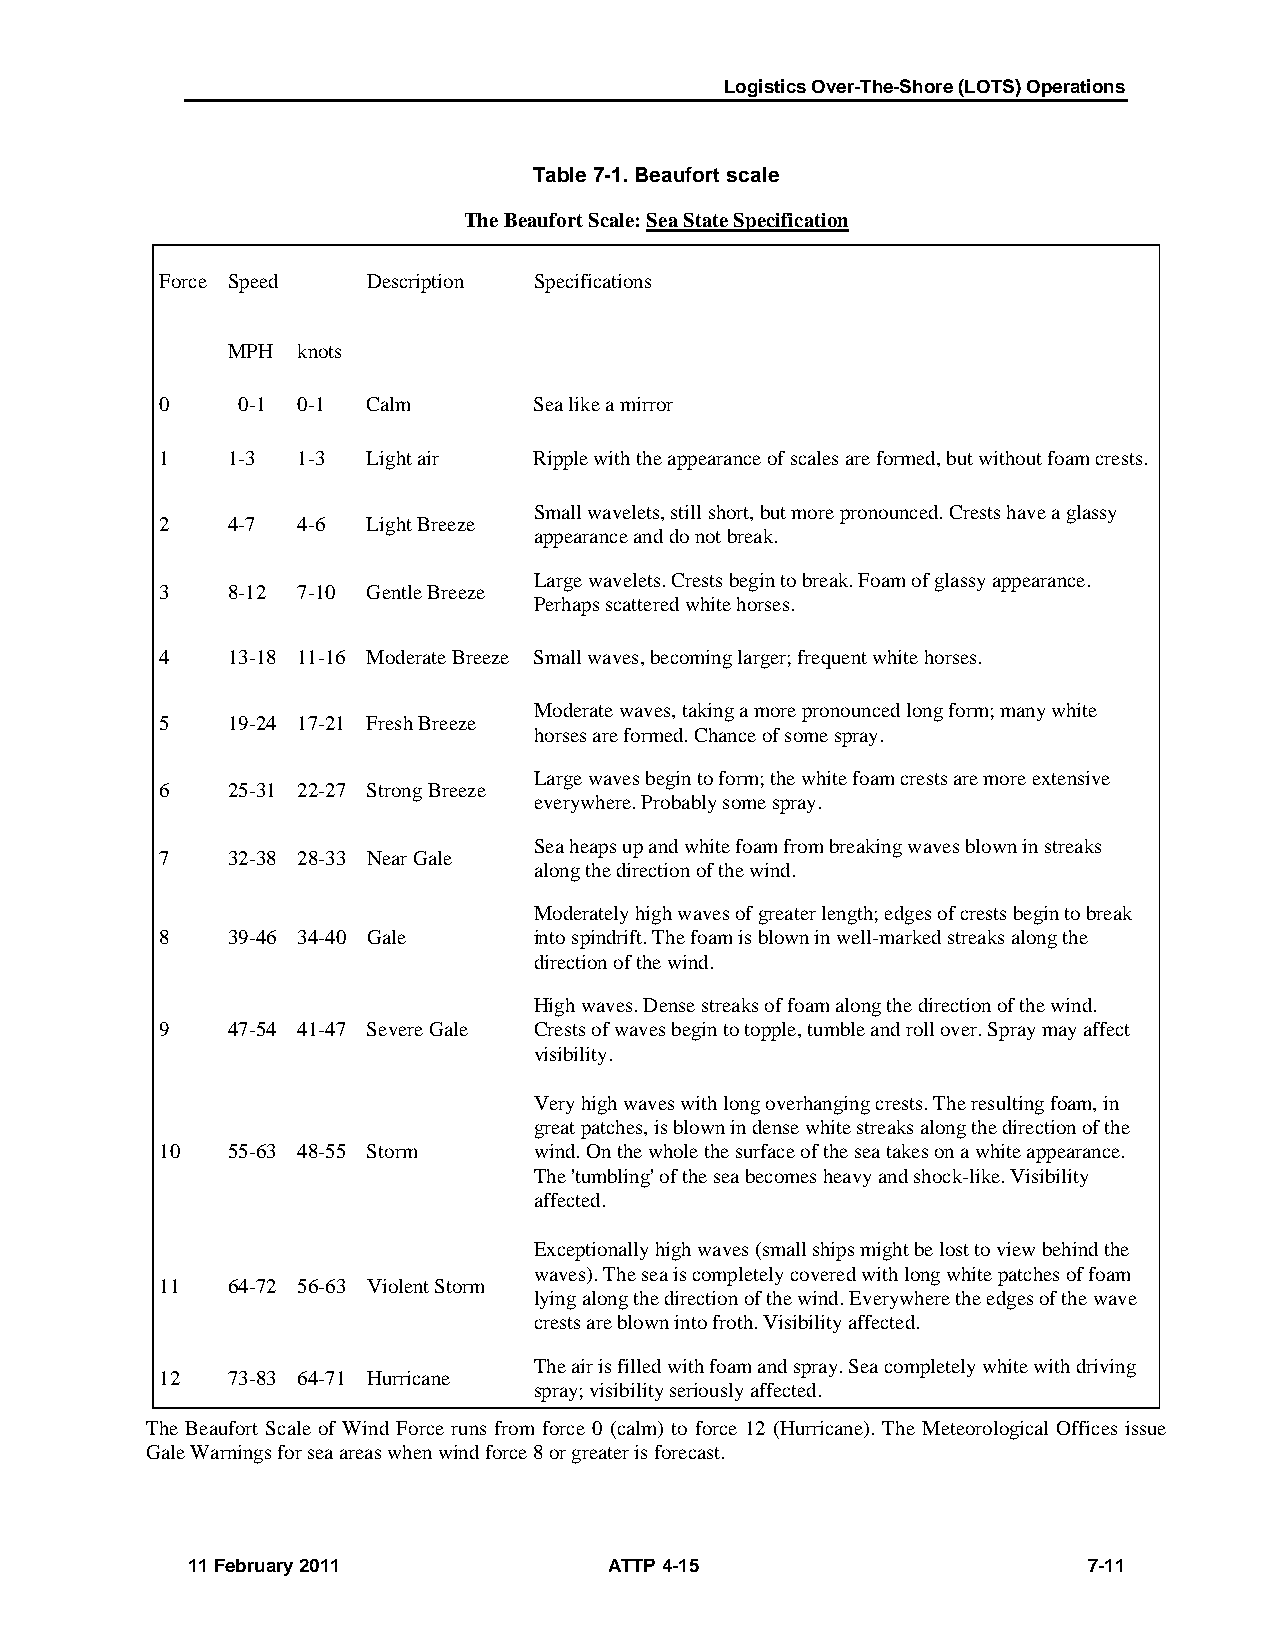
Logistics Over-The-Shore (LOTS) Operations
 Table 7-1. Beaufort scale
 The Beaufort Scale: Sea State Specification
 Force Speed  Description Specifications
 MPH  knots
 0    0-1 0-1 Calm       Sea like a mirror
 1   1-3  1-3 Light air  Ripple with the appearance of scales are formed, but without foam crests.
 Small wavelets, still short, but more pronounced. Crests have a glassy
 2   4-7  4-6 Light Breeze
 appearance and do not break.
 Large wavelets. Crests begin to break. Foam of glassy appearance.
 3   8-12 7-10 Gentle Breeze
 Perhaps scattered white horses.
 4   13-18 11-16 Moderate Breeze Small waves, becoming larger; frequent white horses.
 Moderate waves, taking a more pronounced long form; many white
 5   19-24 17-21 Fresh Breeze
 horses are formed. Chance of some spray.
 Large waves begin to form; the white foam crests are more extensive
 6   25-31 22-27 Strong Breeze
 everywhere. Probably some spray.
 Sea heaps up and white foam from breaking waves blown in streaks
 7   32-38 28-33 Near Gale
 along the direction of the wind.
 Moderately high waves of greater length; edges of crests begin to break
 8   39-46 34-40 Gale    into spindrift. The foam is blown in well-marked streaks along the
 direction of the wind.
 High waves. Dense streaks of foam along the direction of the wind.
 9   47-54 41-47 Severe Gale Crests of waves begin to topple, tumble and roll over. Spray may affect
 visibility.
 Very high waves with long overhanging crests. The resulting foam, in
 great patches, is blown in dense white streaks along the direction of the
 10  55-63 48-55 Storm   wind. On the whole the surface of the sea takes on a white appearance.
 The 'tumbling' of the sea becomes heavy and shock-like. Visibility
 affected.
 Exceptionally high waves (small ships might be lost to view behind the
 waves). The sea is completely covered with long white patches of foam
 11  64-72 56-63 Violent Storm
 lying along the direction of the wind. Everywhere the edges of the wave
 crests are blown into froth. Visibility affected.
 The air is filled with foam and spray. Sea completely white with driving
 12  73-83 64-71 Hurricane
 spray; visibility seriously affected.
 The Beaufort Scale of Wind Force runs from force 0 (calm) to force 12 (Hurricane). The Meteorological Offices issue
 Gale Warnings for sea areas when wind force 8 or greater is forecast.
 11 February 2011            ATTP 4-15                       7-11